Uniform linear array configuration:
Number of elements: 16
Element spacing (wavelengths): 0.25
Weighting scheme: hamming
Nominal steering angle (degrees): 45
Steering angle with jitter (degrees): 46.564
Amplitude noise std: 0.05
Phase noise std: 0.05

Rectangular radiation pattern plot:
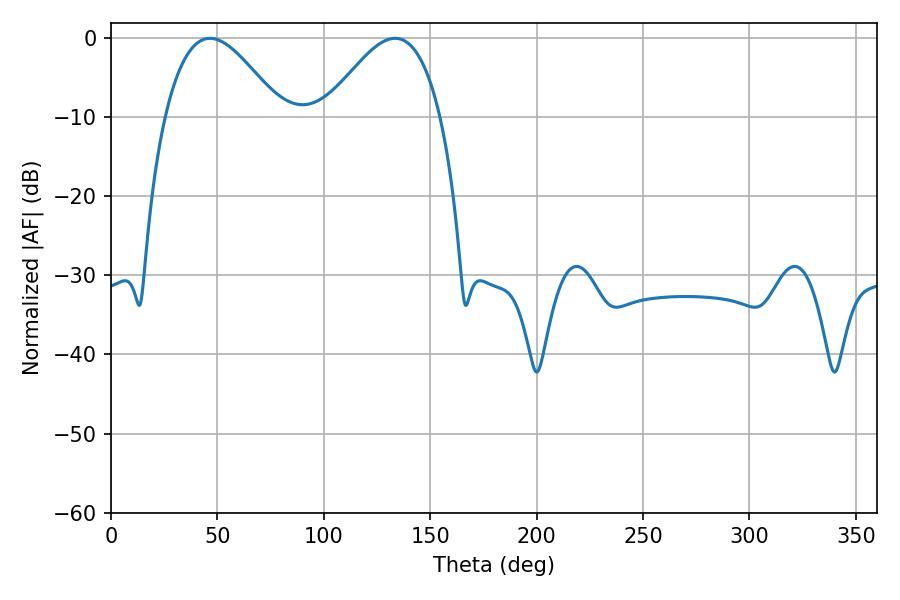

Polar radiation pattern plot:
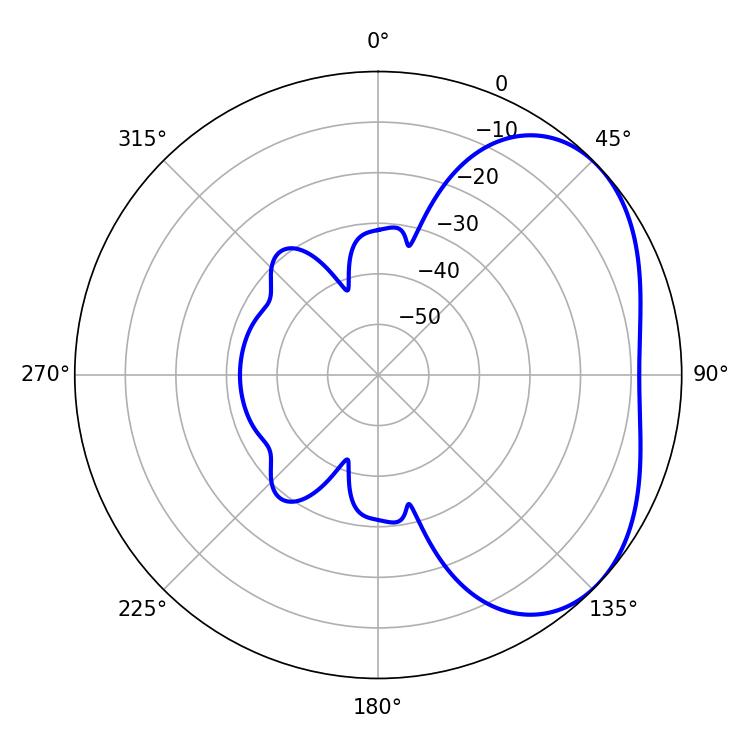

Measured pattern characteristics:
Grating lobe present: FALSE
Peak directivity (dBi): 3.584
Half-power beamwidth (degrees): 29.34
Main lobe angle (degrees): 46.44